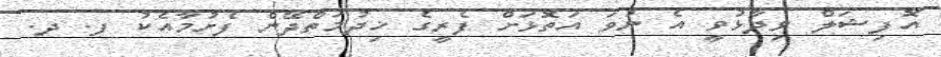
އޮފިޝަލް ވިދާޅުވީ އެ ނުވަ އަތޮޅަށް ފެރީގެ ޚިދުމަތްދޭން ފެށުމާއެކު ފ. ދ.